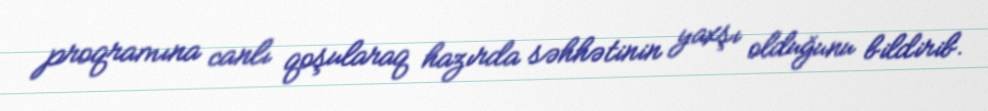
proqramına canlı qoşularaq hazırda səhhətinin yaxşı olduğunu bildirib.